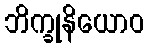
ဘိက္ခုနိယောဝ